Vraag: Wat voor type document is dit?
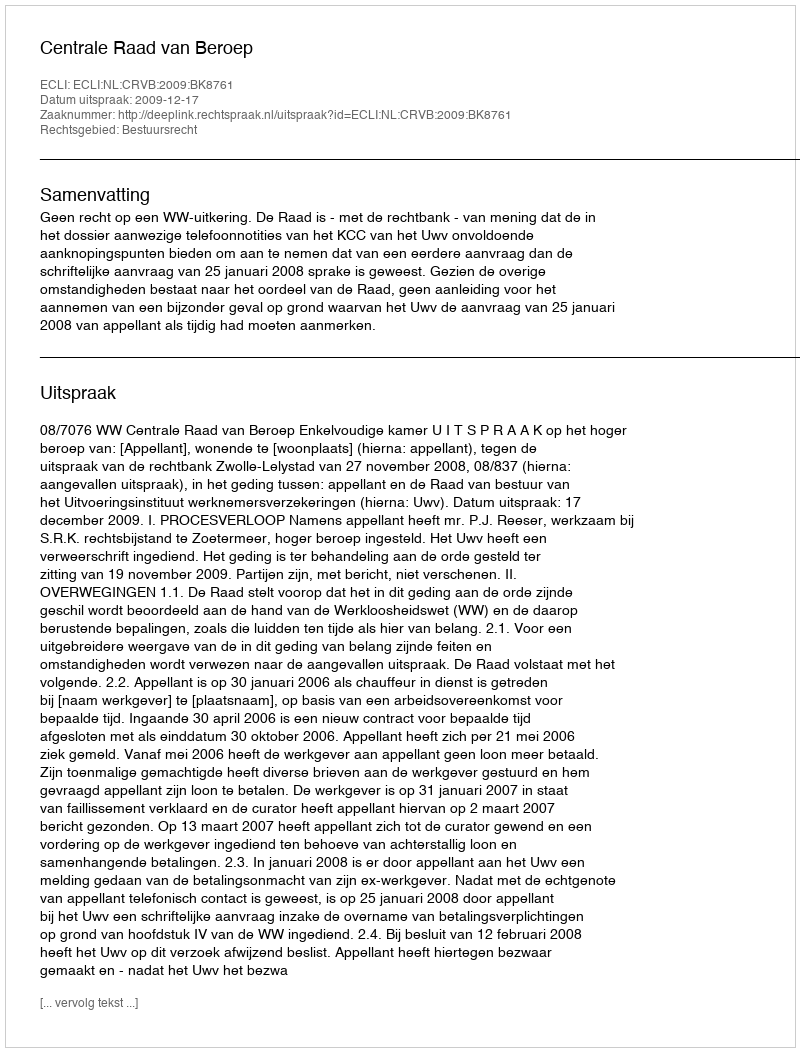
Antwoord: Uitspraak